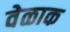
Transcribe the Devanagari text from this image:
वेळाक